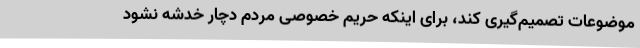
موضوعات تصمیم‌گیری کند، برای اینکه حریم خصوصی مردم دچار خدشه نشود